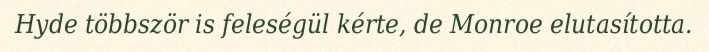
Hyde többször is feleségül kérte, de Monroe elutasította.